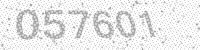
Solution: 057601